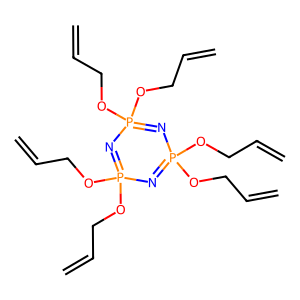
SMILES: C=CCOP1(OCC=C)=NP(OCC=C)(OCC=C)=NP(OCC=C)(OCC=C)=N1
Inhibits HIV replication: No